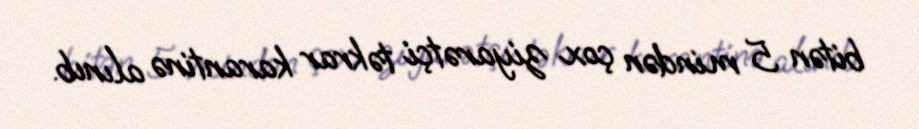
bitən 5 mindən çox ziyarətçi təkrar karantinə alınıb.